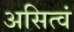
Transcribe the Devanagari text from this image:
असित्वं